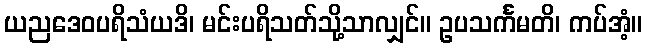
ယညဒေဝပရိသံယဒိ၊ မင်းပရိသတ်သို့သာလျှင်။ ဥပသင်္ကမတိ၊ ကပ်အံ့။